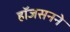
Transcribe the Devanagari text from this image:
हॉजसनने